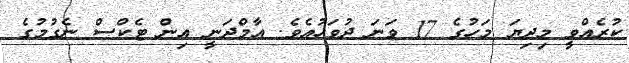
ކުރެއްވީ މިދިޔަ މަހުގެ 17 ވަނަ ދުވަހުއެވެ. އާމްދަނީ އިން ޓެކްސް ނެގުމުގެ